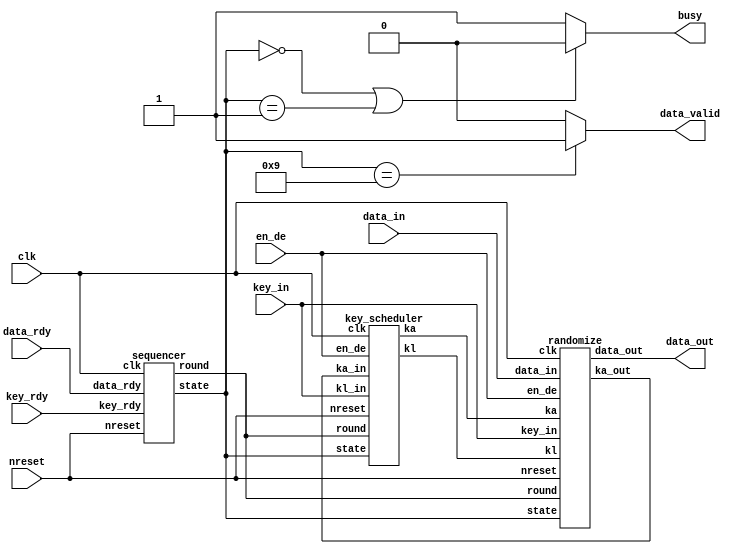
/*-------------------------------------------------------------------------
 Camellia Encryption/Decryption Macro
 (Composite field version)
  
 File name   : CamelliaComp.v
 Version     : Version 1.0
 Created     : JUN/02/2007
 Last update : AUG/3/2007
 Desgined by : Takeshi Sugawara
 
 
 Copyright (C) 2007 AIST and Tohoku Univ.
 
 By using this code, you agree to the following terms and conditions.
 
 This code is copyrighted by AIST and Tohoku University ("us").
 
 Permission is hereby granted to copy, reproduce, redistribute or
 otherwise use this code as long as: there is no monetary profit gained
 specifically from the use or reproduction of this code, it is not sold,
 rented, traded or otherwise marketed, and this copyright notice is
 included prominently in any copy made.
 
 We shall not be liable for any damages, including without limitation
 direct, indirect, incidental, special or consequential damages arising
 from the use of this code.
 
 When you publish any results arising from the use of this code, we will
 appreciate it if you can cite as following.
 @misc{tohoku-crypto-ip,
  author={Tohoku University ECSIS laboratory},
  title={Cryptographic IP cores},
  howpublished = {https://github.com/ECSIS-lab/IP_cores}
 }
 -------------------------------------------------------------------------*/ 


// Idle state
`define IDLE                  4'h0
`define IDLE_READY            4'h1

// Key-schedule state
`define KEY_GET               4'h3
`define KEY_F_FUNC            4'h4
`define KEY_XOR               4'h5

// Encryption state
`define RANDOMIZE_GET         4'h7
`define RANDOMIZE_INITIAL_XOR 4'h8
`define RANDOMIZE_FINAL_XOR   4'h9
`define RANDOMIZE_F_FUNC      4'ha
`define RANDOMIZE_FL_1        4'hb
`define RANDOMIZE_FL_2        4'hc

// A value indicate whether encryption or decryption
`define ENCRYPT               1'b0
`define DECRYPT               1'b1

// Constant values used in key-scheduling.
`define SIGMA1                64'ha09e667f3bcc908b
`define SIGMA2                64'hb67ae8584caa73b2
`define SIGMA3                64'hc6ef372fe94f82be
`define SIGMA4                64'h54ff53a5f1d36f1c


module top( data_out,
	    clk, nreset, en_de, data_rdy, key_rdy, data_in, key_in, busy,
	    data_valid
	    );

  input         clk, nreset;
  input         en_de;
  input         data_rdy, key_rdy;
  input [127:0] data_in, key_in;

  output [127:0] data_out;
  output 	 busy, data_valid;
  reg 		 busy, data_valid;   

  wire [127:0] 	 kl, ka;
  wire [127:0] 	 ka_in;
  wire [3:0] 	 state;
  wire [4:0] 	 round;

  // busy
  always @(state) begin
    if(state == `IDLE || state == `IDLE_READY)
      busy <= 1'b0;
    else
      busy <= 1'b1;
  end

  // data_valid
  always @(state) begin
    if(state == `RANDOMIZE_FINAL_XOR)
      data_valid <= 1'b1;
    else
      data_valid <= 1'b0;
  end
  
  sequencer     sequencer(// Outputs
			  .state		(state[3:0]),
			  .round		(round[4:0]),
			  // Inputs
			  .clk			(clk),
			  .nreset		(nreset),
			  .data_rdy		(data_rdy),
			  .key_rdy		(key_rdy));

  key_scheduler key_scheduler( .kl_in(key_in),
			       // Outputs
			       .kl		(kl[127:0]),
			       .ka		(ka[127:0]),
			       // Inputs
			       .clk		(clk),
			       .nreset		(nreset),
			       .state		(state[3:0]),
			       .round		(round[4:0]),
			       .ka_in		(ka_in[127:0]),
			       .en_de		(en_de));

  randomize       randomize( .ka_out(ka_in),
			     // Outputs
			     .data_out		(data_out[127:0]),
			     // Inputs
			     .clk		(clk),
			     .nreset		(nreset),
			     .state		(state[3:0]),
			     .round		(round[4:0]),
			     .data_in		(data_in[127:0]),
			     .key_in		(key_in[127:0]),
			     .kl		(kl[127:0]),
			     .ka		(ka[127:0]),
			     .en_de		(en_de));
endmodule // top


module sequencer(// Outputs
		 state, round,
		 // Inputs
		 clk, nreset, data_rdy, key_rdy
		 );
  input  clk, nreset;
  input  data_rdy, key_rdy;
  output [3:0] state;
  output [4:0] round;

  reg [3:0]    state;
  reg [4:0]    round;

  always @(posedge clk) begin
    if(nreset == 1'b0) begin
      state <= `IDLE;
      round <= 5'd00;
    end
    else begin
      case(state)
	// Idle state
	`IDLE:
	  if(key_rdy == 1'b1)
	    state <= `KEY_GET;
	
	`IDLE_READY:
	  if(key_rdy == 1'b1)
	    state <= `KEY_GET;
	  else if(data_rdy == 1'b1)
	    state <= `RANDOMIZE_GET;

	// Key-schedule states
	`KEY_GET: begin
	  round <= 5'd01;
	  state <= `KEY_F_FUNC;
	end

	`KEY_F_FUNC:
	  case(round)
	    5'd02:   state <= `KEY_XOR;
	    5'd04:   state <= `IDLE_READY;
	    default: round <= round + 1;
	  endcase // case(round)
	
	`KEY_XOR: begin
	  round <= round + 1;
	  state <= `KEY_F_FUNC;
	end

	// Data randomization states
	`RANDOMIZE_GET: begin
	  round <= 5'd01;
	  state <= `RANDOMIZE_INITIAL_XOR;
	end

	`RANDOMIZE_INITIAL_XOR: state <= `RANDOMIZE_F_FUNC;
	
	`RANDOMIZE_F_FUNC:
	  case(round)
	    5'd06:   state <= `RANDOMIZE_FL_1;
	    5'd12:   state <= `RANDOMIZE_FL_2;
	    5'd18:   state <= `RANDOMIZE_FINAL_XOR;
	    default: round <= round + 1;
	  endcase // case(round)

	`RANDOMIZE_FL_1, `RANDOMIZE_FL_2: begin
	  round <= round + 1;
	  state <= `RANDOMIZE_F_FUNC;
	end
	
	`RANDOMIZE_FINAL_XOR: state <= `IDLE_READY;
      endcase // case(state)
    end // else: !if(nreset == 1'b0)
  end // always @ (posedge clk)
endmodule // sequencer


module key_scheduler(// Outputs
		     kl, ka,
		     // Inputs
		     clk, nreset, state, round, kl_in, ka_in, en_de
		     );
  input          clk, nreset;
  input [3:0] 	 state;
  input [4:0] 	 round;
  input [127:0]  kl_in;
  input [127:0]  ka_in;
  input 	 en_de;
  
  output [127:0] kl, ka;
  reg [127:0] 	 kl, ka;
  reg 		 en_de_reg;

  wire [127:0] 	 kl_rotate_left_15,  ka_rotate_left_15;  
  wire [127:0] 	 kl_rotate_left_17,  ka_rotate_left_17;  
  wire [127:0] 	 kl_rotate_right_15, ka_rotate_right_15; 
  wire [127:0] 	 kl_rotate_right_17, ka_rotate_right_17; 

  assign 	 kl_rotate_left_15 = {kl[112:0], kl[127:113]};
  assign 	 ka_rotate_left_15 = {ka[112:0], ka[127:113]};
  assign 	 kl_rotate_left_17 = {kl[110:0], kl[127:111]};
  assign 	 ka_rotate_left_17 = {ka[110:0], ka[127:111]};

  assign 	 kl_rotate_right_15 = {kl[14:0], kl[127:15]};
  assign 	 ka_rotate_right_15 = {ka[14:0], ka[127:15]};
  assign 	 kl_rotate_right_17 = {kl[16:0], kl[127:17]};
  assign 	 ka_rotate_right_17 = {ka[16:0], ka[127:17]};
  
  always @(posedge clk) begin
    if (nreset == 1'b0) begin
      kl <= 128'h00000000000000000000000000000000;
      ka <= 128'h00000000000000000000000000000000;
    end
    else
      case(state)
	`KEY_GET:    kl <= kl_in;
	`KEY_F_FUNC: if(round == 5'd04) ka <= ka_in;

	`RANDOMIZE_GET: begin
	  en_de_reg <= en_de;
	  if(en_de == `DECRYPT) begin
	    // KL <<< 111, KA <<< 111
	    kl <= kl_rotate_right_17;
	    ka <= ka_rotate_right_17;
	  end
	end

	`RANDOMIZE_FL_1: begin
	  kl <= (en_de_reg == `ENCRYPT) ? kl_rotate_left_15 : kl_rotate_right_17;
	  ka <= (en_de_reg == `ENCRYPT) ? ka_rotate_left_15 : ka_rotate_right_17;
	end

	`RANDOMIZE_FL_2: begin
	  kl <= (en_de_reg == `ENCRYPT) ? kl_rotate_left_17 : kl_rotate_right_15;
	  ka <= (en_de_reg == `ENCRYPT) ? ka_rotate_left_17 : ka_rotate_right_15;
	end
	
	`RANDOMIZE_F_FUNC:
	  case(round)
	    5'd02, 5'd06 :   begin
	      kl <= (en_de_reg == `ENCRYPT) ? kl_rotate_left_15 : kl_rotate_right_17;
	      ka <= (en_de_reg == `ENCRYPT) ? ka_rotate_left_15 : ka_rotate_right_17;
	    end
	    
	    5'd09 : begin
	      kl <= (en_de_reg == `ENCRYPT) ? kl_rotate_left_15 : kl_rotate_right_15;
	      ka <= (en_de_reg == `ENCRYPT) ? ka_rotate_left_15 : ka_rotate_right_15;
	    end		 
	    
	    5'd12, 5'd16: begin
	      kl <= (en_de_reg == `ENCRYPT) ? kl_rotate_left_17 : kl_rotate_right_15;
	      ka <= (en_de_reg == `ENCRYPT) ? ka_rotate_left_17 : ka_rotate_right_15;
	    end
	  endcase // case(round)

	// Additional rotation in the final round
	// adjust KA and KL to the initial position.
	`RANDOMIZE_FINAL_XOR: begin
	  if(en_de_reg == `ENCRYPT) begin
	    kl <= kl_rotate_left_17;
	    ka <= ka_rotate_left_17;
	  end
	end
	
      endcase // case(state)

  end // always @ (posedge clk)
endmodule


module randomize(// Outputs
		 data_out, ka_out,
		 // Inputs
		 clk, nreset, state, round, data_in, key_in, kl, ka, en_de
		 );
  input          clk, nreset;
  input [3:0] 	 state;
  input [4:0] 	 round;
  input [127:0]  data_in, key_in;
  input [127:0]  kl, ka;     // intermediate keys
  input 	 en_de;
  output [127:0] data_out;
  output [127:0] ka_out;
  
  reg [127:0] 	 data_out;
  reg 		 en_de_reg;
  
  wire [63:0] 	 f_func_out;       // Output of F-function
  wire [63:0] 	 selected_key;     //  64bit
  wire [127:0] 	 key_kl_or_ka;     //  128bit

  wire [127:0] 	 feistel_out;      // FXOR
  wire [127:0] 	 xor_out;          // XOR 
  wire [127:0] 	 fl_out;           // FL/FL-1 

  assign 	 feistel_out = {data_out[63:0] ^ f_func_out, data_out[127:64]};
  assign 	 ka_out = feistel_out; // 

  assign 	 xor_out = data_out ^ key_kl_or_ka;

  assign 	 key_kl_or_ka = kl_or_ka(kl, ka, state, round, en_de_reg);
  assign 	 selected_key = select_key(key_kl_or_ka, state, round, en_de_reg);
  
  f_func f_func( .in(data_out[127:64]), .out(f_func_out), .key(selected_key) );
  fl     fl    ( .in(data_out),         .out(fl_out),     .key(key_kl_or_ka), .en_de_reg(en_de_reg));
  
  always @(posedge clk) begin
    if(nreset == 1'b0)
      data_out <= 128'h00000000000000000000000000000000;
    else
      case(state)
	// load data preparing for key scheduling
	`KEY_GET                                              : data_out <= key_in;
	`KEY_F_FUNC                                           : data_out <= feistel_out;
	`KEY_XOR, `RANDOMIZE_INITIAL_XOR, `RANDOMIZE_FINAL_XOR: data_out <= xor_out;
	`RANDOMIZE_GET                                        : data_out <= data_in;
	`RANDOMIZE_FL_1, `RANDOMIZE_FL_2                      : data_out <= fl_out;
	`RANDOMIZE_F_FUNC:
	  // No data crossing in the final round
	  if(round == 5'd18)
	    data_out <= {feistel_out[63:0], feistel_out[127:64]};
	  else
	    data_out <= feistel_out;
	
      endcase // case(state)
  end

  // a register to indicate whether encryption or decryption
  always @(posedge clk) begin
    if(nreset == 1'b0)
      en_de_reg <= 1'b0;
    else if(state == `RANDOMIZE_GET)
      en_de_reg <= en_de;
  end
  
  //  KL  KA 
  function [127:0] kl_or_ka;
    input [127:0] kl;
    input [127:0] ka;
    input [3:0]   state;
    input [4:0]   round;
    input 	  en_de_reg;

    case(state)
      `KEY_XOR                               : kl_or_ka = kl;
      `RANDOMIZE_FL_1, `RANDOMIZE_FINAL_XOR  : kl_or_ka = (en_de_reg == `ENCRYPT) ? ka : kl;
      `RANDOMIZE_FL_2, `RANDOMIZE_INITIAL_XOR: kl_or_ka = (en_de_reg == `ENCRYPT) ? kl : ka;
      `RANDOMIZE_F_FUNC:
	case(round)
	  5'd03, 5'd04, 5'd7, 5'd8, 5'd10, 5'd13, 5'd14, 5'd17, 5'd18:
	    kl_or_ka = (en_de_reg == `ENCRYPT) ? kl : ka;
	  default:
	    kl_or_ka = (en_de_reg == `ENCRYPT) ? ka : kl;
	endcase // case(round)

      default:
	kl_or_ka = kl;
    endcase // case(state)
  endfunction // kl_or_ka
  
  //  kl_or_ka 
  function [63:0] select_key;
    input [127:0] kl_or_ka;
    input [3:0]   state;
    input [4:0]   round;
    input 	  en_de_reg;

    case(state)
      `KEY_F_FUNC:
	case(round)
	  5'd01:   select_key = `SIGMA1;
	  5'd02:   select_key = `SIGMA2;
	  5'd03:   select_key = `SIGMA3;
	  default: select_key = `SIGMA4;
	endcase // case(round)

      `RANDOMIZE_F_FUNC:
	case(round)
	  5'd01, 5'd03, 5'd05, 5'd07, 5'd09, 5'd11, 5'd13, 5'd15, 5'd17:
	    select_key = (en_de_reg == `ENCRYPT) ? kl_or_ka[127:64] : kl_or_ka[ 63: 0];
	  default:
	    select_key = (en_de_reg == `ENCRYPT) ? kl_or_ka[ 63: 0] : kl_or_ka[127:64];
	endcase // case(round)

      default:
	// select_key 
	//  kl_or_ka[63:0] 
	select_key = kl_or_ka[63:0];
    endcase // case(state)
  endfunction // select_key
endmodule


// F-function
module f_func(in, out, key);
  input  [63:0] in;
  input [63:0] 	key;
  output [63:0] out;

  wire [63:0] 	sbox_in;
  wire [7:0] 	y1, y2, y3, y4, y5, y6, y7, y8; // input of a S-box
  wire [7:0] 	z1, z2, z3, z4, z5, z6, z7, z8; // output of a S-box

  assign 	sbox_in = in ^ key;

  assign 	y1 = sbox_in[63:56], y2 = sbox_in[55:48], y3 = sbox_in[47:40], y4 = sbox_in[39:32];
  assign 	y5 = sbox_in[31:24], y6 = sbox_in[23:16], y7 = sbox_in[15:8] , y8 = sbox_in[7:0];

  sbox1 sbox1a( .in(y1), .out(z1) );
  sbox2 sbox2a( .in(y2), .out(z2) );
  sbox3 sbox3a( .in(y3), .out(z3) );
  sbox4 sbox4a( .in(y4), .out(z4) );
  sbox2 sbox2b( .in(y5), .out(z5) );
  sbox3 sbox3b( .in(y6), .out(z6) );
  sbox4 sbox4b( .in(y7), .out(z7) );
  sbox1 sbox1b( .in(y8), .out(z8) );
  p_func p_func(.in( {z1, z2, z3, z4, z5, z6, z7, z8} ), .out(out) );
endmodule // f_func


// P-function
module p_func(in, out);
  input [63:0] in;
  output [63:0] out;
  assign 	out[63:56] = in[63:56]             ^ in[47:40] ^ in[39:32]             ^ in[23:16] ^ in[15:8] ^ in[7:0];
  assign 	out[55:48] = in[63:56] ^ in[55:48]             ^ in[39:32] ^ in[31:24]             ^ in[15:8] ^ in[7:0];
  assign 	out[47:40] = in[63:56] ^ in[55:48] ^ in[47:40]             ^ in[31:24] ^ in[23:16]            ^ in[7:0];
  assign 	out[39:32] =             in[55:48] ^ in[47:40] ^ in[39:32] ^ in[31:24] ^ in[23:16] ^ in[15:8]          ;
  assign 	out[31:24] = in[63:56] ^ in[55:48]                                     ^ in[23:16] ^ in[15:8] ^ in[7:0];
  assign 	out[23:16] =             in[55:48] ^ in[47:40]             ^ in[31:24]             ^ in[15:8] ^ in[7:0];
  assign 	out[15:8]  =                         in[47:40] ^ in[39:32] ^ in[31:24] ^ in[23:16]            ^ in[7:0];
  assign 	out[7:0]   = in[63:56]                         ^ in[39:32] ^ in[31:24] ^ in[23:16] ^ in[15:8]          ;
endmodule // p_func


// FL / FL^{-1} function
module fl(in, out, key, en_de_reg);
  input  [127:0] in;
  input [127:0]  key;
  input 	 en_de_reg;

  output [127:0] out;
  wire [63:0] 	 in_plus, in_minus;
  wire [63:0] 	 key_plus, key_minus;
  wire [63:0] 	 out_plus, out_minus;

  assign 	 {in_plus, in_minus}   = in;
  assign 	 out   = {out_plus, out_minus};
  assign 	 {key_plus, key_minus} = (en_de_reg == `ENCRYPT) ? key : {key[63:0], key[127:64]};

  fl_plus  fl_plus(  .in(in_plus ), .out(out_plus ), .key(key_plus ) );
  fl_minus fl_minus( .in(in_minus), .out(out_minus), .key(key_minus) );
endmodule // fl


// FL function
module fl_plus(in, out, key);
  input  [63:0] in, key;
  output [63:0] out;
  wire [63:0] 	in_left, in_right, out_left, out_right, key_left, key_right, temp;

  assign 	in_left = in[63:32],   in_right = in[31:0];
  assign 	out[63:32] = out_left, out[31:0] = out_right;
  assign 	key_left = key[63:32], key_right = key[31:0];

  assign 	{temp[0], temp[31:1]} = in_left & key_left;
  assign 	out_right = in_right ^ temp;
  assign 	out_left = in_left ^ ( out_right | key_right );
endmodule // fl_plus


// FL^{-1} function
module fl_minus(in, out, key);
  input  [63:0] in, key;
  output [63:0] out;
  wire [63:0] 	in_left, in_right, out_left, out_right, key_left, key_right, temp;

  assign 	in_left = in[63:32],   in_right = in[31:0];
  assign 	out[63:32] = out_left, out[31:0] = out_right;
  assign 	key_left = key[63:32], key_right = key[31:0];

  assign 	out_left = in_left ^ ( in_right | key_right );
  assign 	{temp[0], temp[31:1]} = out_left & key_left;
  assign 	out_right = in_right ^ temp;
endmodule // fl_minus


/*
 Arithmetic unit of inversion over GF(2^4^2)
 Reference:
   J. Fan and C. Paar, "On Efficient Inversion in Tower Fields of
   Characteristic Two," ISIT 1997
 */
module inv_gf242(in, out);
  input  [7:0] in;
  output [7:0] out;

  wire [3:0] a0, a1, b0, b1;

  wire [3:0] a0_a1;          // a0 + a1
  wire [3:0] a1a1;           // a1 * a1
  wire [3:0] p0a1a1;         // p0 * a1 * a1
  wire [3:0] a0a0_a0a1;      // a0 ( a0 + a1 )
  wire [3:0] delta, inv_delta;

  assign {a1, a0} = in;

  assign a0_a1 = a0 ^ a1;  
  assign a1a1 = sqrt_gf24(a1);
  assign p0a1a1 = constant_mult_gf24(a1a1);
  assign a0a0_a0a1 = mult_gf24(a0, a0_a1);

  assign delta = a0a0_a0a1 ^ p0a1a1;
  assign inv_delta = inv_gf24(delta);

  assign b0 = mult_gf24(a0_a1, inv_delta);
  assign b1 = mult_gf24(a1, inv_delta);

  assign out = {b1, b0};

  function [3:0] sqrt_gf24;
    input [3:0] in;
    begin
      sqrt_gf24[0] = in[0] ^ in[2];
      sqrt_gf24[1] = in[2];
      sqrt_gf24[2] = in[1] ^ in[3];
      sqrt_gf24[3] = in[3];
    end
  endfunction // sqrt_gf24

  function [3:0] mult_gf24;
    input [3:0] A, B;
    begin
      mult_gf24[0] = (A[0]&B[0]) ^ (A[3]&B[1]) ^ (A[2]&B[2]) ^ (A[1]&B[3]);
      mult_gf24[1] = (A[1]&B[0]) ^ (A[0]&B[1]) ^ (A[3]&B[1]) ^ (A[2]&B[2]) ^ (A[3]&B[2]) ^ (A[1]&B[3]) ^ (A[2]&B[3]);
      mult_gf24[2] = (A[2]&B[0]) ^ (A[1]&B[1]) ^ (A[0]&B[2]) ^ (A[3]&B[2]) ^ (A[2]&B[3]) ^ (A[3]&B[3]);
      mult_gf24[3] = (A[3]&B[0]) ^ (A[2]&B[1]) ^ (A[1]&B[2]) ^ (A[0]&B[3]) ^ (A[3]&B[3]);
    end
  endfunction // mult_gf24

  // Constant multiplication by p0
  // Note that p0 = Lambda  = {1001}
  function [3:0] constant_mult_gf24;
    input [3:0] in;
    begin
      constant_mult_gf24[0] = in[0] ^ in[1];
      constant_mult_gf24[1] = in[2];
      constant_mult_gf24[2] = in[3];
      constant_mult_gf24[3] = in[0];
    end
  endfunction // constant_mult_gf24

  function [3:0] inv_gf24;
    input [3:0] in;
    case(in)
      4'b0000: inv_gf24 = 4'b0000;
      4'b0001: inv_gf24 = 4'b0001;
      4'b0010: inv_gf24 = 4'b1001;
      4'b0011: inv_gf24 = 4'b1110;
      4'b0100: inv_gf24 = 4'b1101;
      4'b0101: inv_gf24 = 4'b1011;
      4'b0110: inv_gf24 = 4'b0111;
      4'b0111: inv_gf24 = 4'b0110;
      4'b1000: inv_gf24 = 4'b1111;
      4'b1001: inv_gf24 = 4'b0010;
      4'b1010: inv_gf24 = 4'b1100;
      4'b1011: inv_gf24 = 4'b0101;
      4'b1100: inv_gf24 = 4'b1010;
      4'b1101: inv_gf24 = 4'b0100;
      4'b1110: inv_gf24 = 4'b0011;
      4'b1111: inv_gf24 = 4'b1000;
      default: inv_gf24 = 4'b0000;
    endcase // case(in)
  endfunction // inv_gf24
endmodule // inv_gf242


// S-box1 is defined as h( g( f(0xc5 ^ x) ) ) ^ 0x6e
// See p.13 - 14 of algorithm specification for more details.
module sbox1(in, out);
  input  [7:0] in;
  output [7:0] out;

  wire [7:0] 	B, x, z, k, J, I, v, c;

  wire [7:0] f_out, g_out, h_out;
  assign f_out = f( in ^ 8'hc5 );

  inv_gf242 inv_gf242( .in(f_out), .out(g_out) );

  assign h_out = h( g_out );
  assign out = h_out ^ 8'h6e;

  // Note that endian is changed
  function [1:8] f;
    input [1:8] in;
    begin
      f[1] = in[6] ^ in[2];
      f[2] = in[7] ^ in[1];
      f[3] = in[8] ^ in[5] ^ in[3];
      f[4] = in[8] ^ in[3];
      f[5] = in[7] ^ in[4];
      f[6] = in[5] ^ in[2];
      f[7] = in[8] ^ in[1];
      f[8] = in[6] ^ in[4];
    end
  endfunction // f

  function [1:8] h;
    input [1:8] in;
    begin
      h[1] = in[5] ^ in[6] ^ in[2];
      h[2] = in[6] ^ in[2];
      h[3] = in[7] ^ in[4];
      h[4] = in[8] ^ in[2];
      h[5] = in[7] ^ in[3];
      h[6] = in[8] ^ in[1];
      h[7] = in[5] ^ in[1];
      h[8] = in[6] ^ in[3];
    end
  endfunction // h

endmodule // sbox1


module sbox2(in, out);
  input  [7:0] in;
  output [7:0] out;
  sbox1 sbox1(in, {out[0], out[7:1]} );
endmodule // sbox2


module sbox3(in, out);
  input  [7:0] in;
  output [7:0] out;
  sbox1 sbox1(in, {out[6:0], out[7]} );
endmodule // sbox3


module sbox4(in, out);
  input  [7:0] in;
  output [7:0] out;
  sbox1 sbox1( {in[6:0], in[7]}, out );
endmodule // sbox4